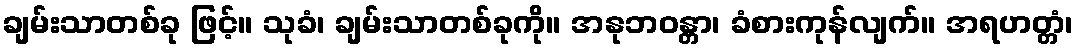
ချမ်းသာတစ်ခု ဖြင့်။ သုခံ၊ ချမ်းသာတစ်ခုကို။ အနုဘဝန္တာ၊ ခံစားကုန်လျက်။ အရဟတ္တံ၊